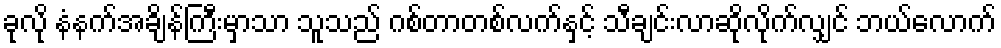
ခုလို နံနက်အချိန်ကြီးမှာသာ သူသည် ဂစ်တာတစ်လက်နှင့် သီချင်းလာဆိုလိုက်လျှင် ဘယ်လောက်